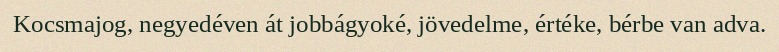
Kocsmajog, negyedéven át jobbágyoké, jövedelme, értéke, bérbe van adva.